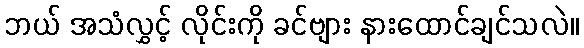
ဘယ် အသံလွှင့် လိုင်းကို ခင်ဗျား နားထောင်ချင်သလဲ။